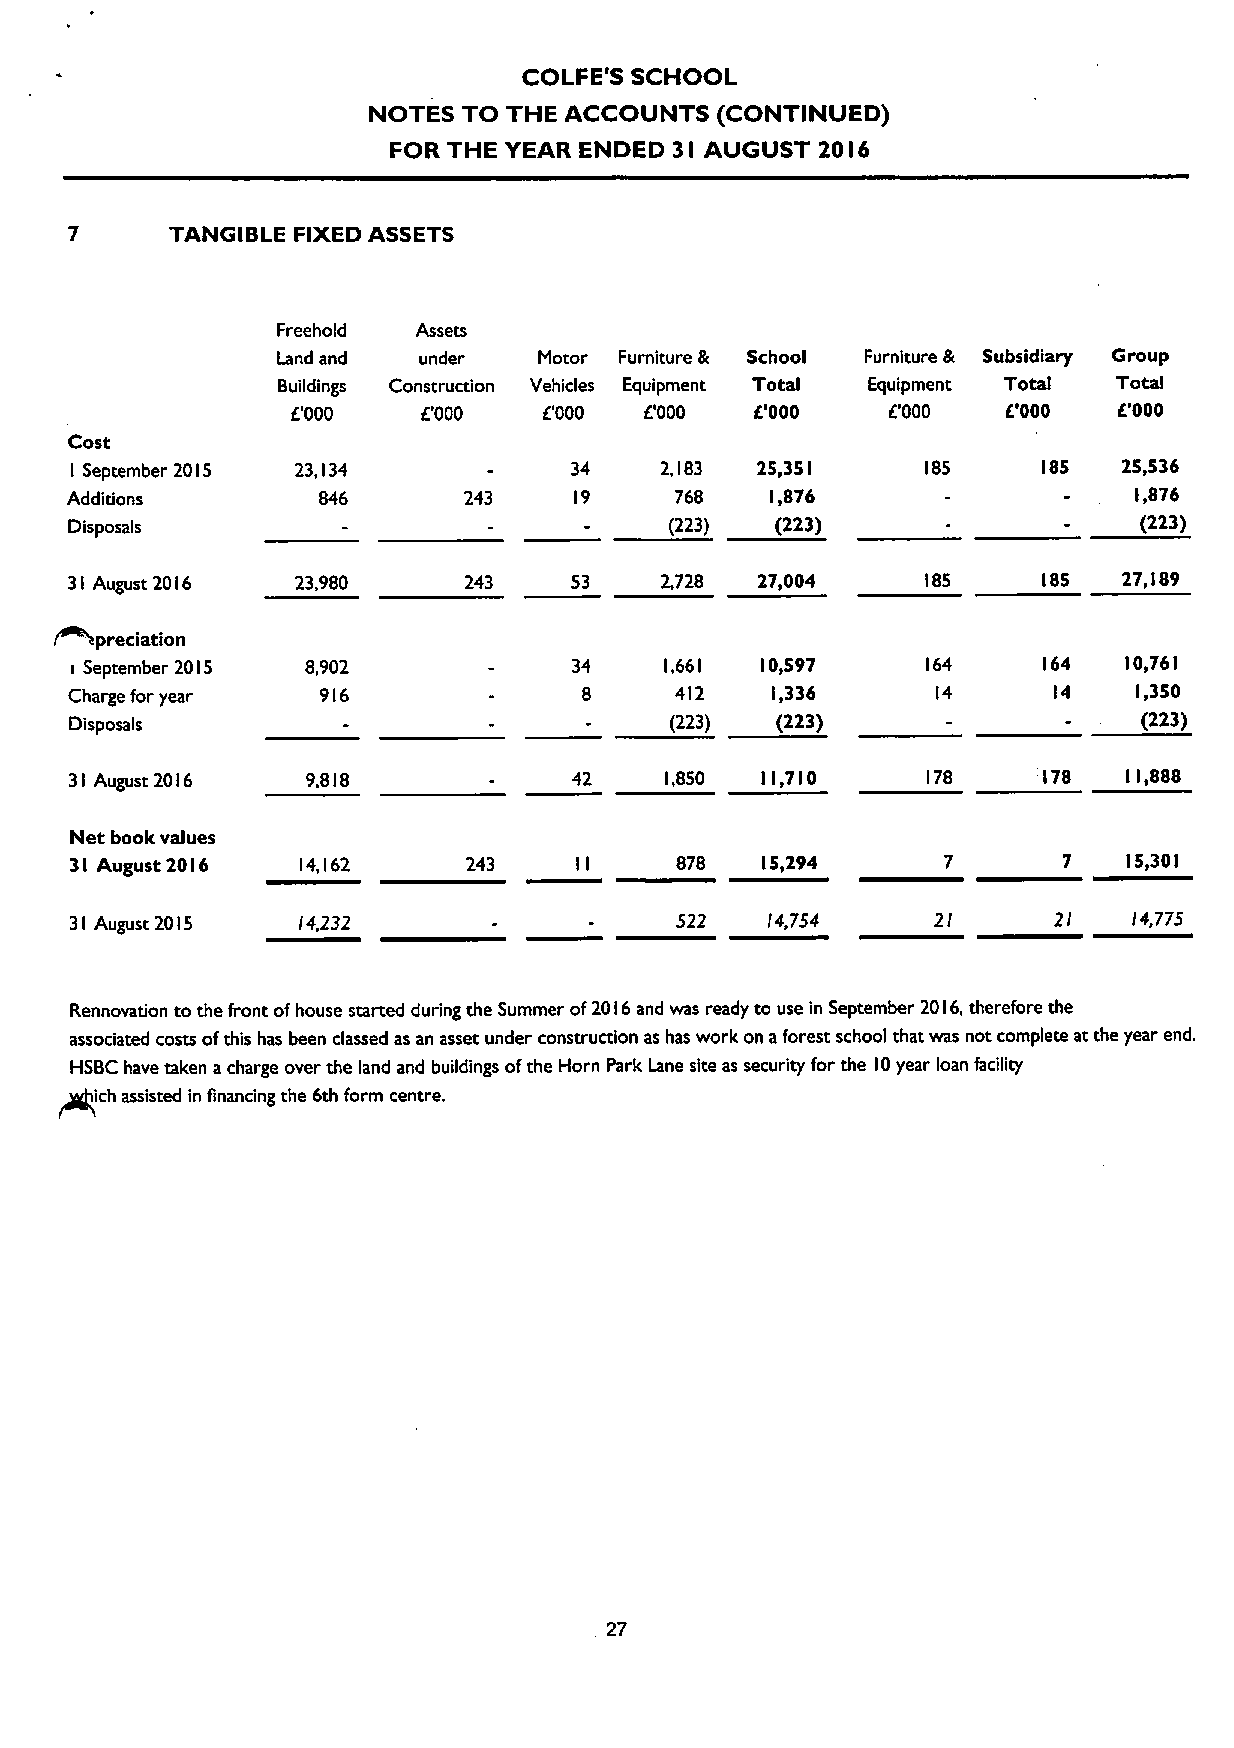
COLFE'S SCHOOL
 NOTES  TO THE ACCOUNTS (CONTINUED)
 FOR THE YEAR ENDED 3 AUGUST 2016
 I
 TANGIBLE FIXEDASSETS
 Freehold  Assets
 Land and  under   Motor Furniture & School Furniture & Subsidiary Group
 Buildings Construction Vehicles Equipment Total Equipment Total Total
 F000     E'000   E'000  IE'000 6'000    IE'000  IE'000 E.'000
 Cost
 I September 2015 23,134          34    2,183 25,351     185     185  25,536
 Additions        846       243    19     768   1,876                   1,876
 Disposals                              (223)  (223)                   (223)
 31 August 2016 23,980     243    53    2,728 27,004     185     185  27,189
 ~preciation
 September 2015 8,902             34    1,661 10,597     164     164  10,761
 &
 Charge for year 916                     412   1,336      14      14   1,350
 Disposals                              (223)  (223)                    (223)
 31 August 2016 9,818             42    1,850 11,710     178     178   11,888
 Net book values
 31 August 2016 14,162     243           878  15,294              7    15,301
 31 August 2015 14,232                   522   /4,754     2I      21   /4,775
 Rennovation to the front ofhouse started during the Summer of2016and was ready to use in September 2016,therefore the
 associated costs ofthis has been classed as an asset under construcdon as has work on aforest school that was not complete at the year end,
 HSBChave taken acharge over the land and buildings ofthe Horn Park Lane site as security for the 10year loan facility
 ich assisted in financing the 6th form centre.
 27
 .